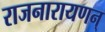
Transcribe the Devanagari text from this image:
राजनारायणन्